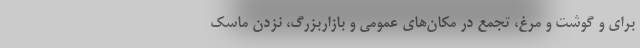
برای و گوشت و مرغ، تجمع در مکان‌های عمومی و بازاربزرگ، نزدن ماسک